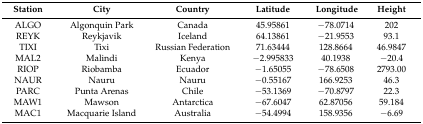
<table><thead><tr><td><b>Station</b></td><td><b>City</b></td><td><b>Country</b></td><td><b>Latitude</b></td><td><b>Longitude</b></td><td><b>Height </b></td></tr></thead><tbody><tr><td>ALGO</td><td>Algonquin Park</td><td>Canada</td><td>45.95861</td><td>−78.0714</td><td>202</td></tr><tr><td>REYK</td><td>Reykjavik</td><td>Iceland</td><td>64.13861</td><td>−21.9553</td><td>93.1</td></tr><tr><td>TIXI</td><td>Tixi</td><td>Russian Federation</td><td>71.63444</td><td>128.8664</td><td>46.9847</td></tr><tr><td>MAL2</td><td>Malindi</td><td>Kenya</td><td>−2.995833</td><td>40.1938</td><td>−20.4</td></tr><tr><td>RIOP</td><td>Riobamba</td><td>Ecuador</td><td>−1.65055</td><td>−78.6508</td><td>2793.00</td></tr><tr><td>NAUR</td><td>Nauru</td><td>Nauru</td><td>−0.55167</td><td>166.9253</td><td>46.3</td></tr><tr><td>PARC</td><td>Punta Arenas</td><td>Chile</td><td>−53.1369</td><td>−70.8797</td><td>22.3</td></tr><tr><td>MAW1</td><td>Mawson</td><td>Antarctica</td><td>−67.6047</td><td>62.87056</td><td>59.184</td></tr><tr><td>MAC1</td><td>Macquarie Island</td><td>Australia</td><td>−54.4994</td><td>158.9356</td><td>−6.69</td></tr></tbody></table>